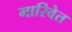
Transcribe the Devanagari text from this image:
मारिवेत